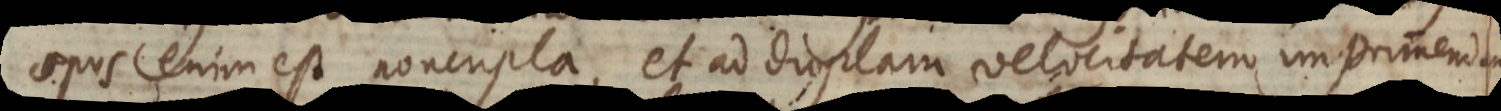
opus enim est noncupla, et ad duplam velocitatem imprimendam